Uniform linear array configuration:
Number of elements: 64
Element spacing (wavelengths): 1
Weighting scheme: kaiser
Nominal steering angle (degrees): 30
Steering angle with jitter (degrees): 28.654
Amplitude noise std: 0.05
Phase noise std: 0.05

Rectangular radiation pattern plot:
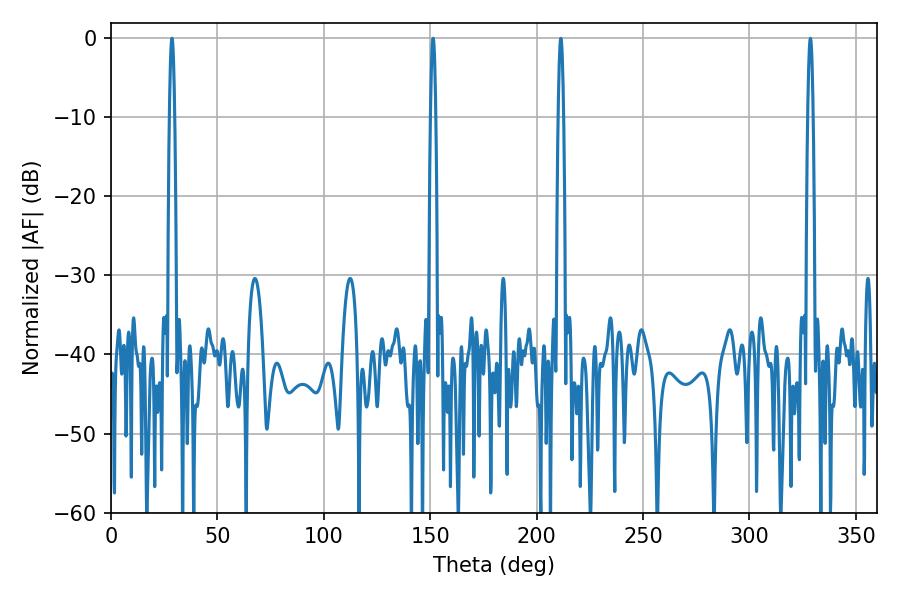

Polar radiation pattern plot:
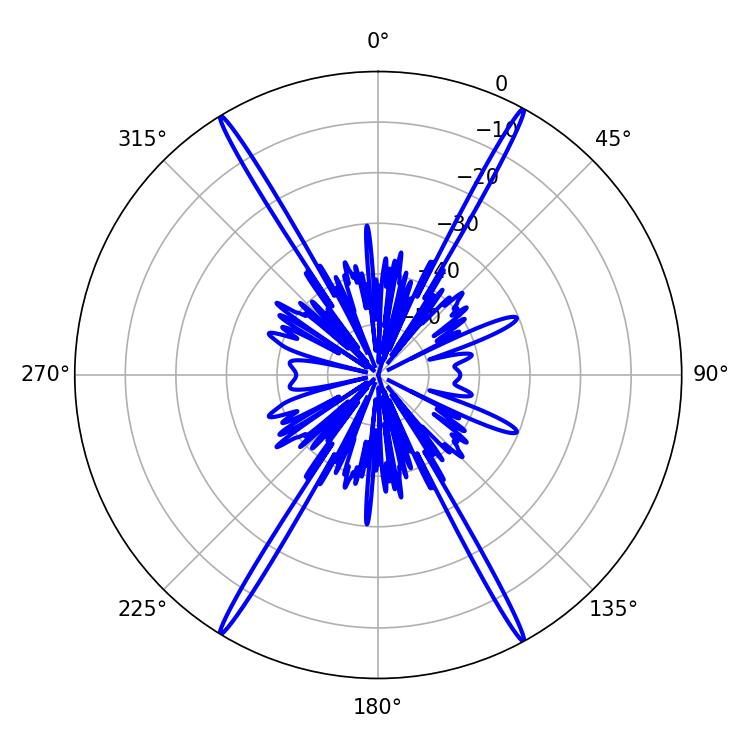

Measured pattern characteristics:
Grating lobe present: TRUE
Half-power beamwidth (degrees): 1.26
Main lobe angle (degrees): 151.38